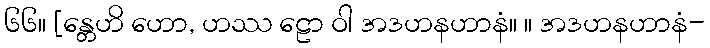
၆၆။ [န္တေဟိ ဟော, ဟဿ ဠော ဝါ အဒဟနဟာနံ။ ။ အဒဟနဟာနံ-